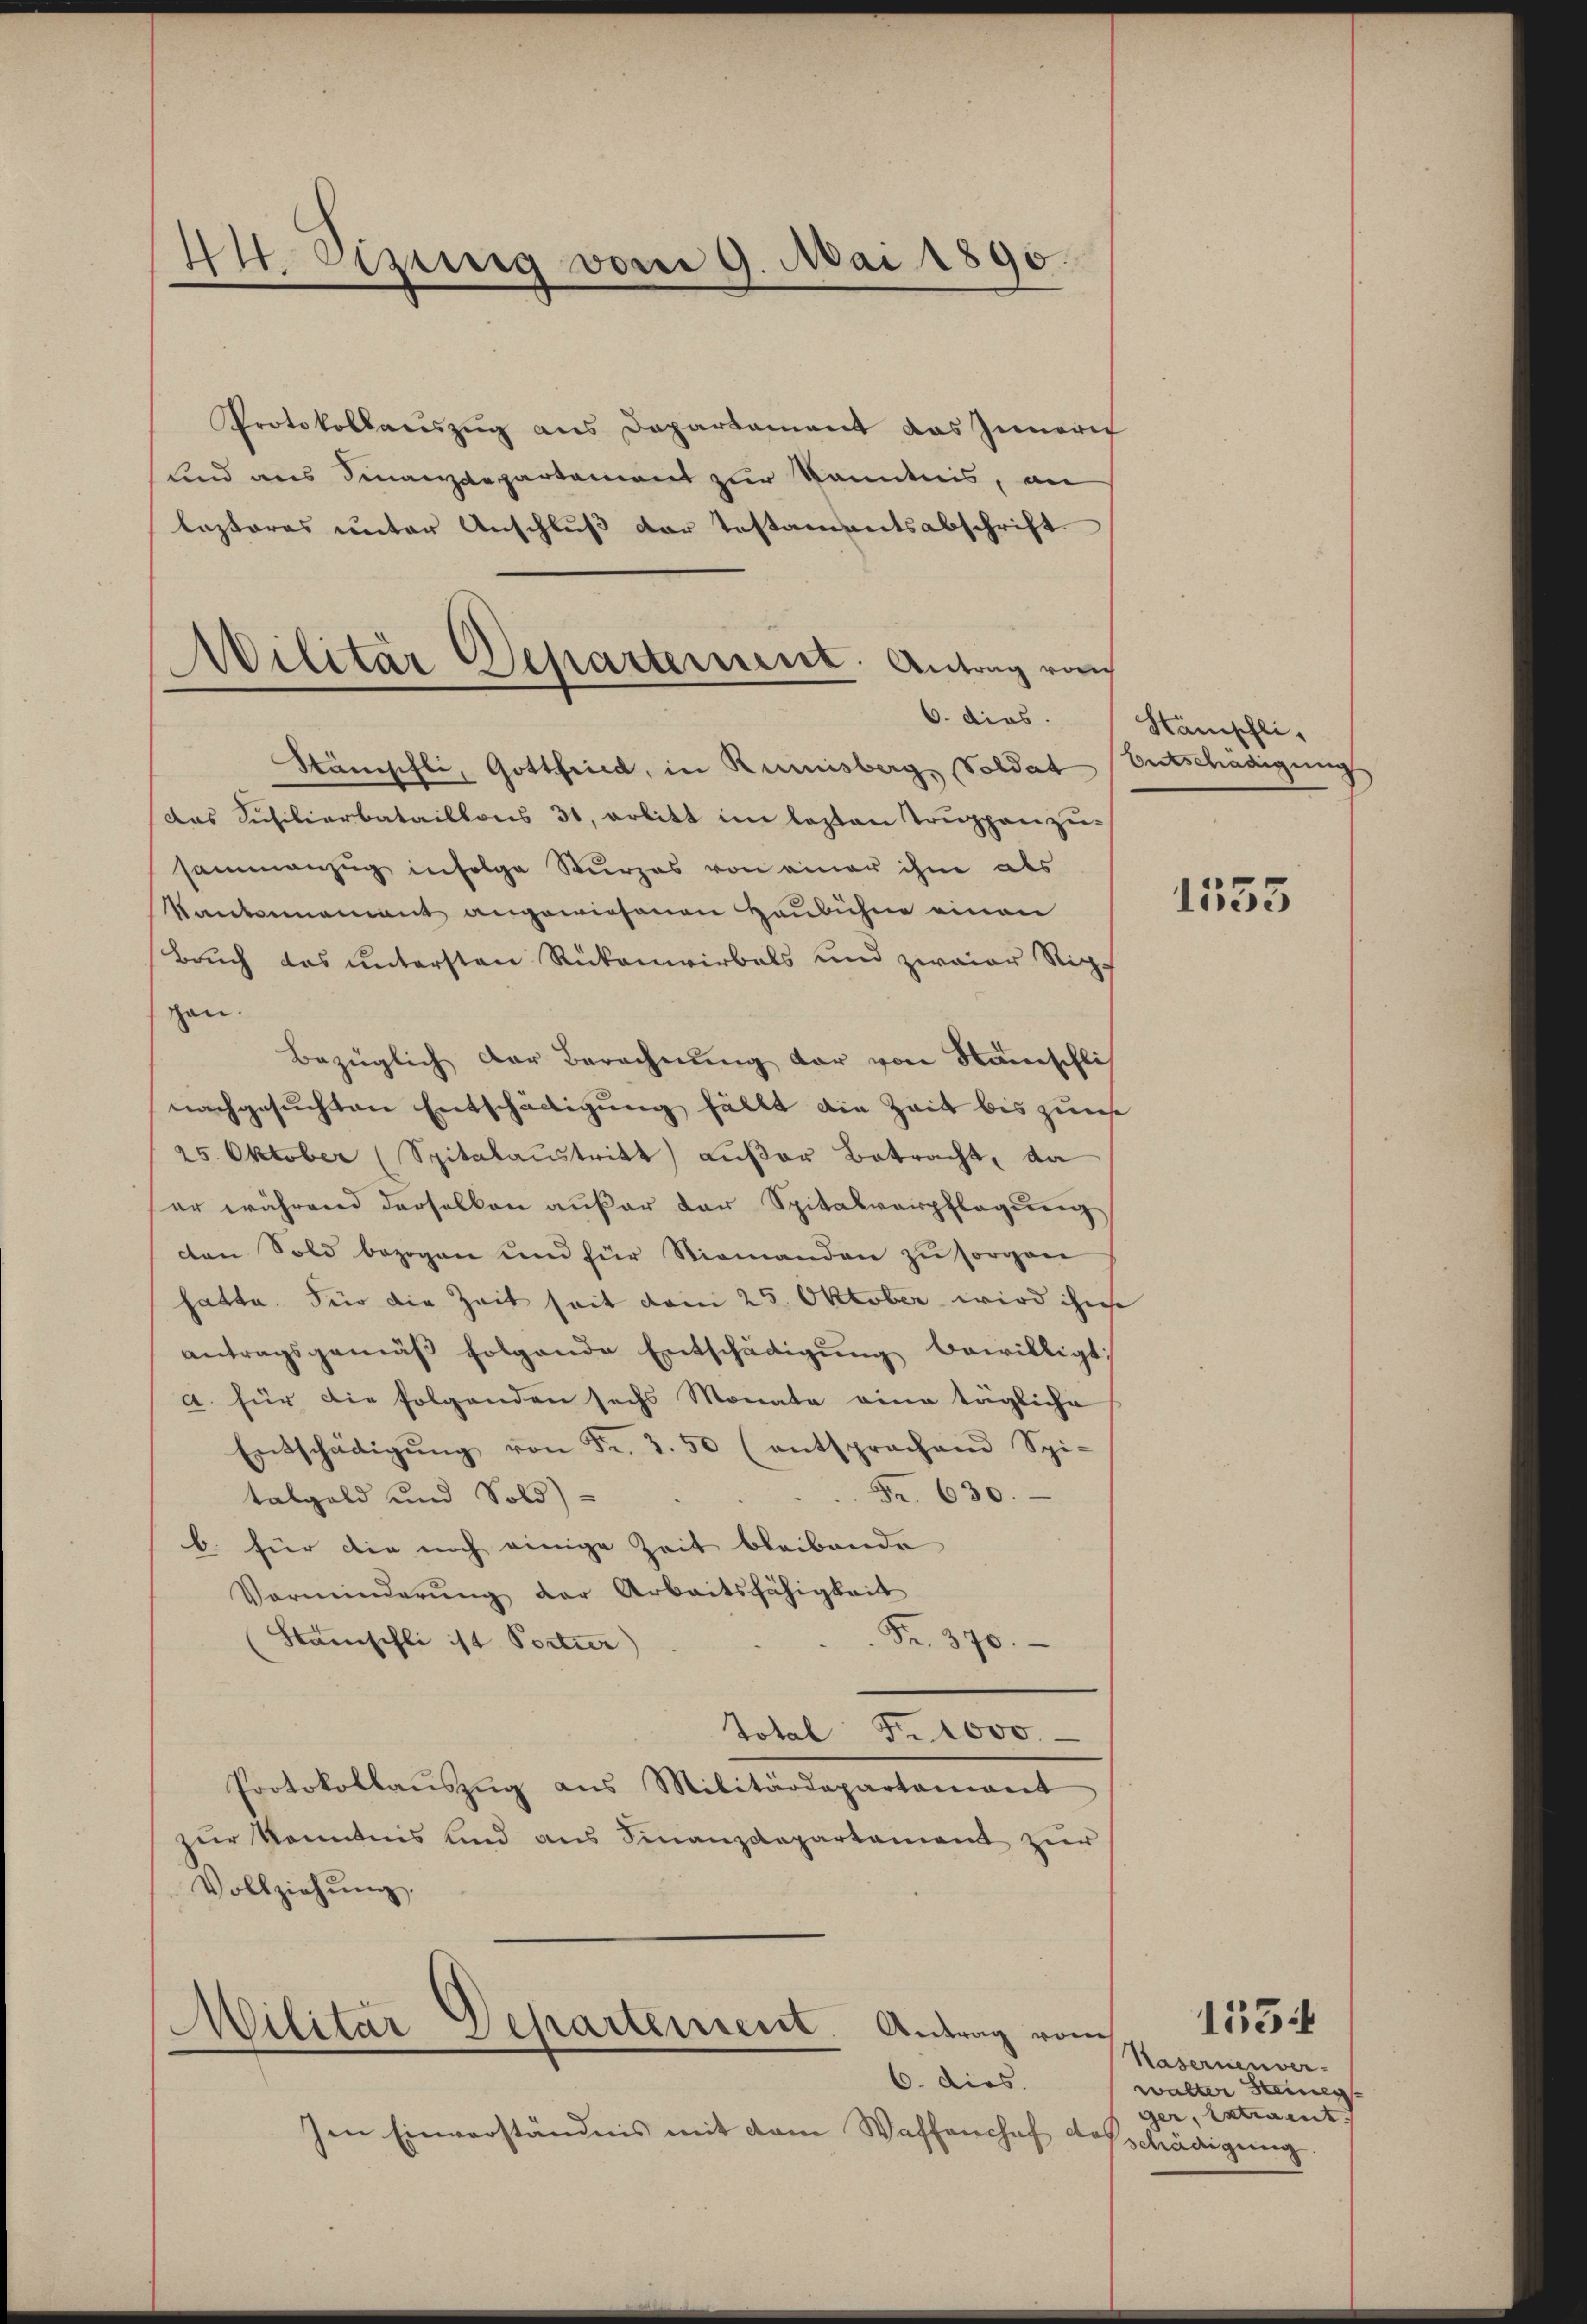
44. Sizung vom 9. Mai 1890.

Militär Departerient. Antrag vo
6. dies.

Protokollauszug aus Departament das Innern
und aus Finanzdepartement zur Kenntnis, an
lezteres unter Anschluß der Testamentsabschrift
Stämpfli, Gottfried, in Rumisberg, Soldat
das Schiliarbataillons 31, erbitt im lezten Truppenzusammenzug infolge Sturzes von einer ihm als
Vanknnament angewiesenen Haubühne einen
Bruch das untersten Rückenwirbels und zwaiar Richschen.
Bezüglich der Berechnŭng der von Menschlich
nachgesuchten Entschädigung fällt die Zeit bis zus
25. Oktober (Spitalaŭstritt außer Betracht, da
er während derselben außer der Spitalverpflegung
cten Sold bezogen und für Niemanden zŭ sorgen
hatte. Für die Zeit seit vom 25. Oktober wird ihne
antragsgemäß folgende Entschädigung bewilligt:
a. für die folgenden sechs Monate eine tägliche
Entschädigŭng von Fr. 3. 50 (entsprachend Spi-
Fr. 630.
talgeld und Sold)
b. für die noch einige Zeit bleibende
Verminderŭng der Arbeitsfähigkeit
Fr. 370.
Stanschli ist Portier)
Total Fr. 1000.
Protokollaŭszŭg ans Militärdepartamant
zur Kenntnis und aus Finanzdepartament zur
Vollziehŭng.
Militär Separtement.
Antrag vom
6. dies.
Im Einverständnis mit dem Waffenshof Geschädigung.

Hänischli,
Entschädigung

1555

1534

Kasernenver-
walter Steinen
ger, Extraent